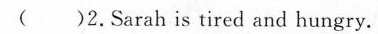
( )2.Sarah is tired and hungry.